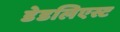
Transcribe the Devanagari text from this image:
डेडलिएस्ट